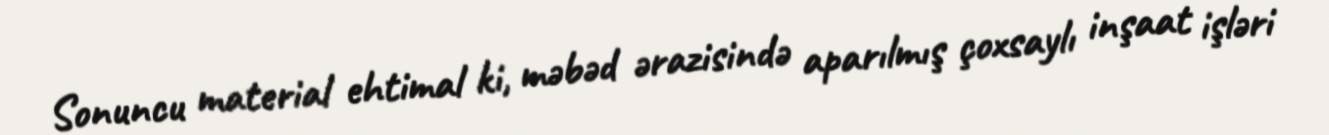
Sonuncu material ehtimal ki, məbəd ərazisində aparılmış çoxsaylı inşaat işləri